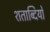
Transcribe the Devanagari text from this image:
शताब्‍दियों